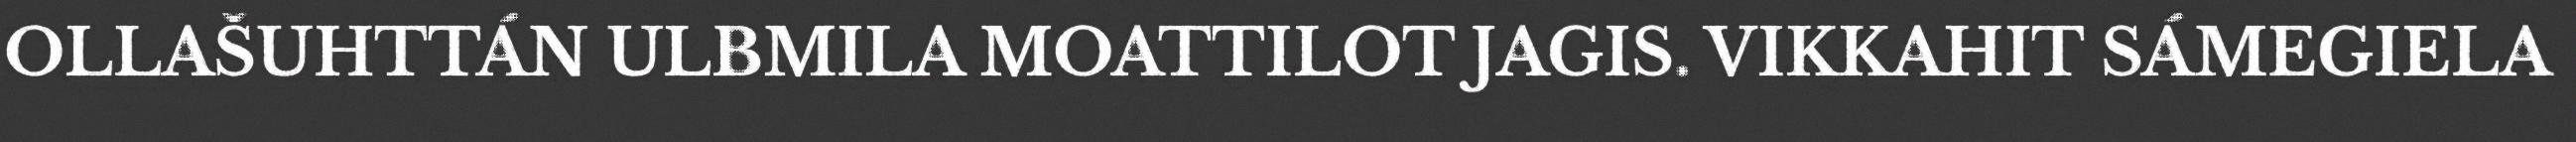
OLLAŠUHTTÁN ULBMILA MOATTILOT JAGIS. VIKKAHIT SÁMEGIELA